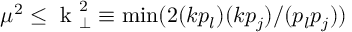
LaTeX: \mu ^ { 2 } \leq \mathrm { \boldmath ~ k ~ } _ { \perp } ^ { 2 } \equiv \operatorname * { m i n } ( 2 ( k p _ { l } ) ( k p _ { j } ) / ( p _ { l } p _ { j } ) )